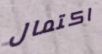
اكتمال